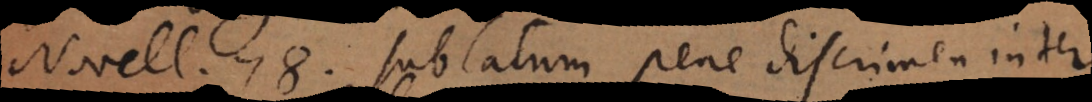
Novell. 78. sublatum pene discrimen inter